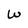
Character: W